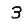
Digit: 3